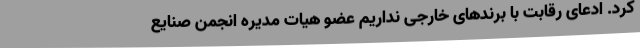
کرد. ادعای رقابت با برندهای خارجی نداریم عضو هیات مدیره انجمن صنایع